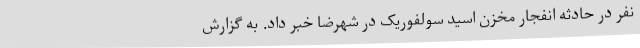
نفر در حادثه انفجار مخزن اسید سولفوریک در شهرضا خبر داد. به گزارش